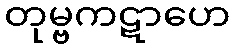
တုမ္ဗကဋာဟေ